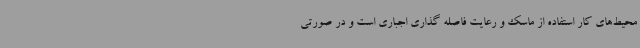
محیط‌های کار استفاده از ماسک و رعایت فاصله گذاری اجباری است و در صورتی